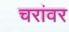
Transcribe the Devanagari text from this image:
चरांवर